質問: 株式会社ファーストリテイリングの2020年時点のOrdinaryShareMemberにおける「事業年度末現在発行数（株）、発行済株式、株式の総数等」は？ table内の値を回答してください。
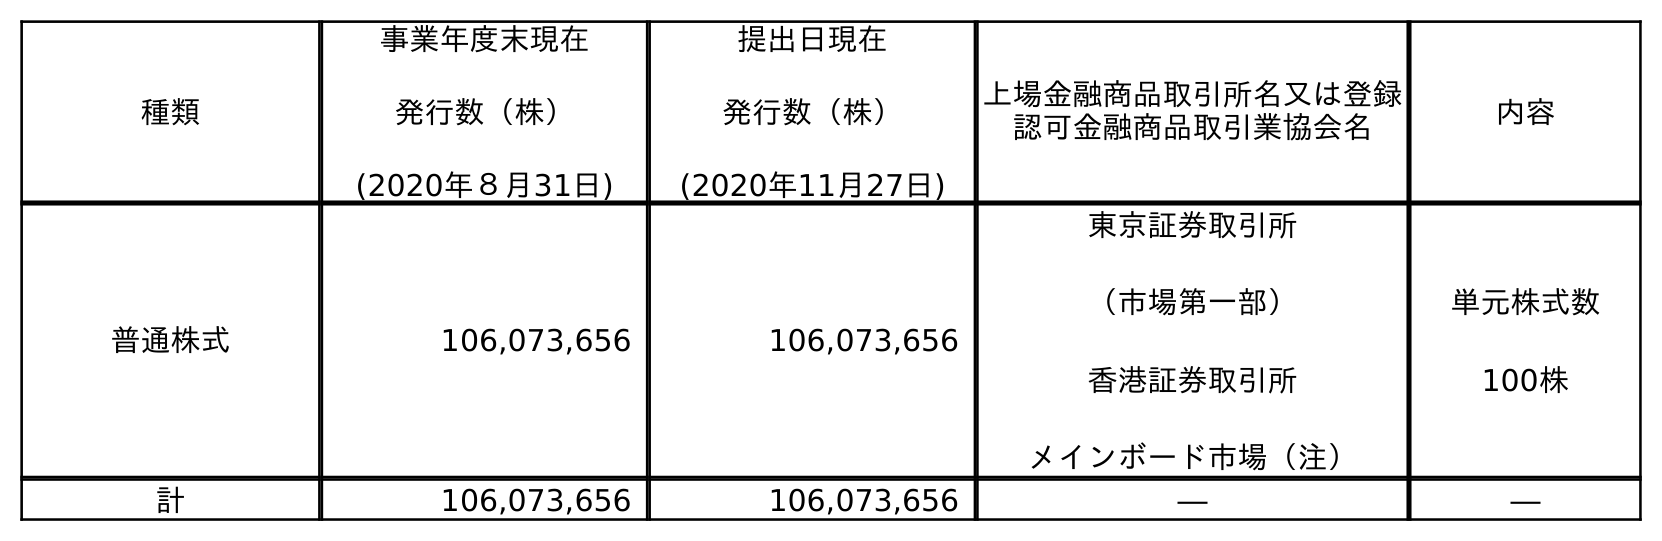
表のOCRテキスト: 種類 事業年度末現在 発行数（株） (2020年８月31日) 提出日現在 発行数（株） (2020年11月27日) 上場金融商品取引所名又は登録 認可金融商品取引業協会名 内容 普通株式 106,073,656 106,073,656 東京証券取引所 （市場第一部） 香港証券取引所 メインボード市場（注） 単元株式数 100株 計 106,073,656 106,073,656 ― ―
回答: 106,073,656